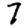
Digit: 7